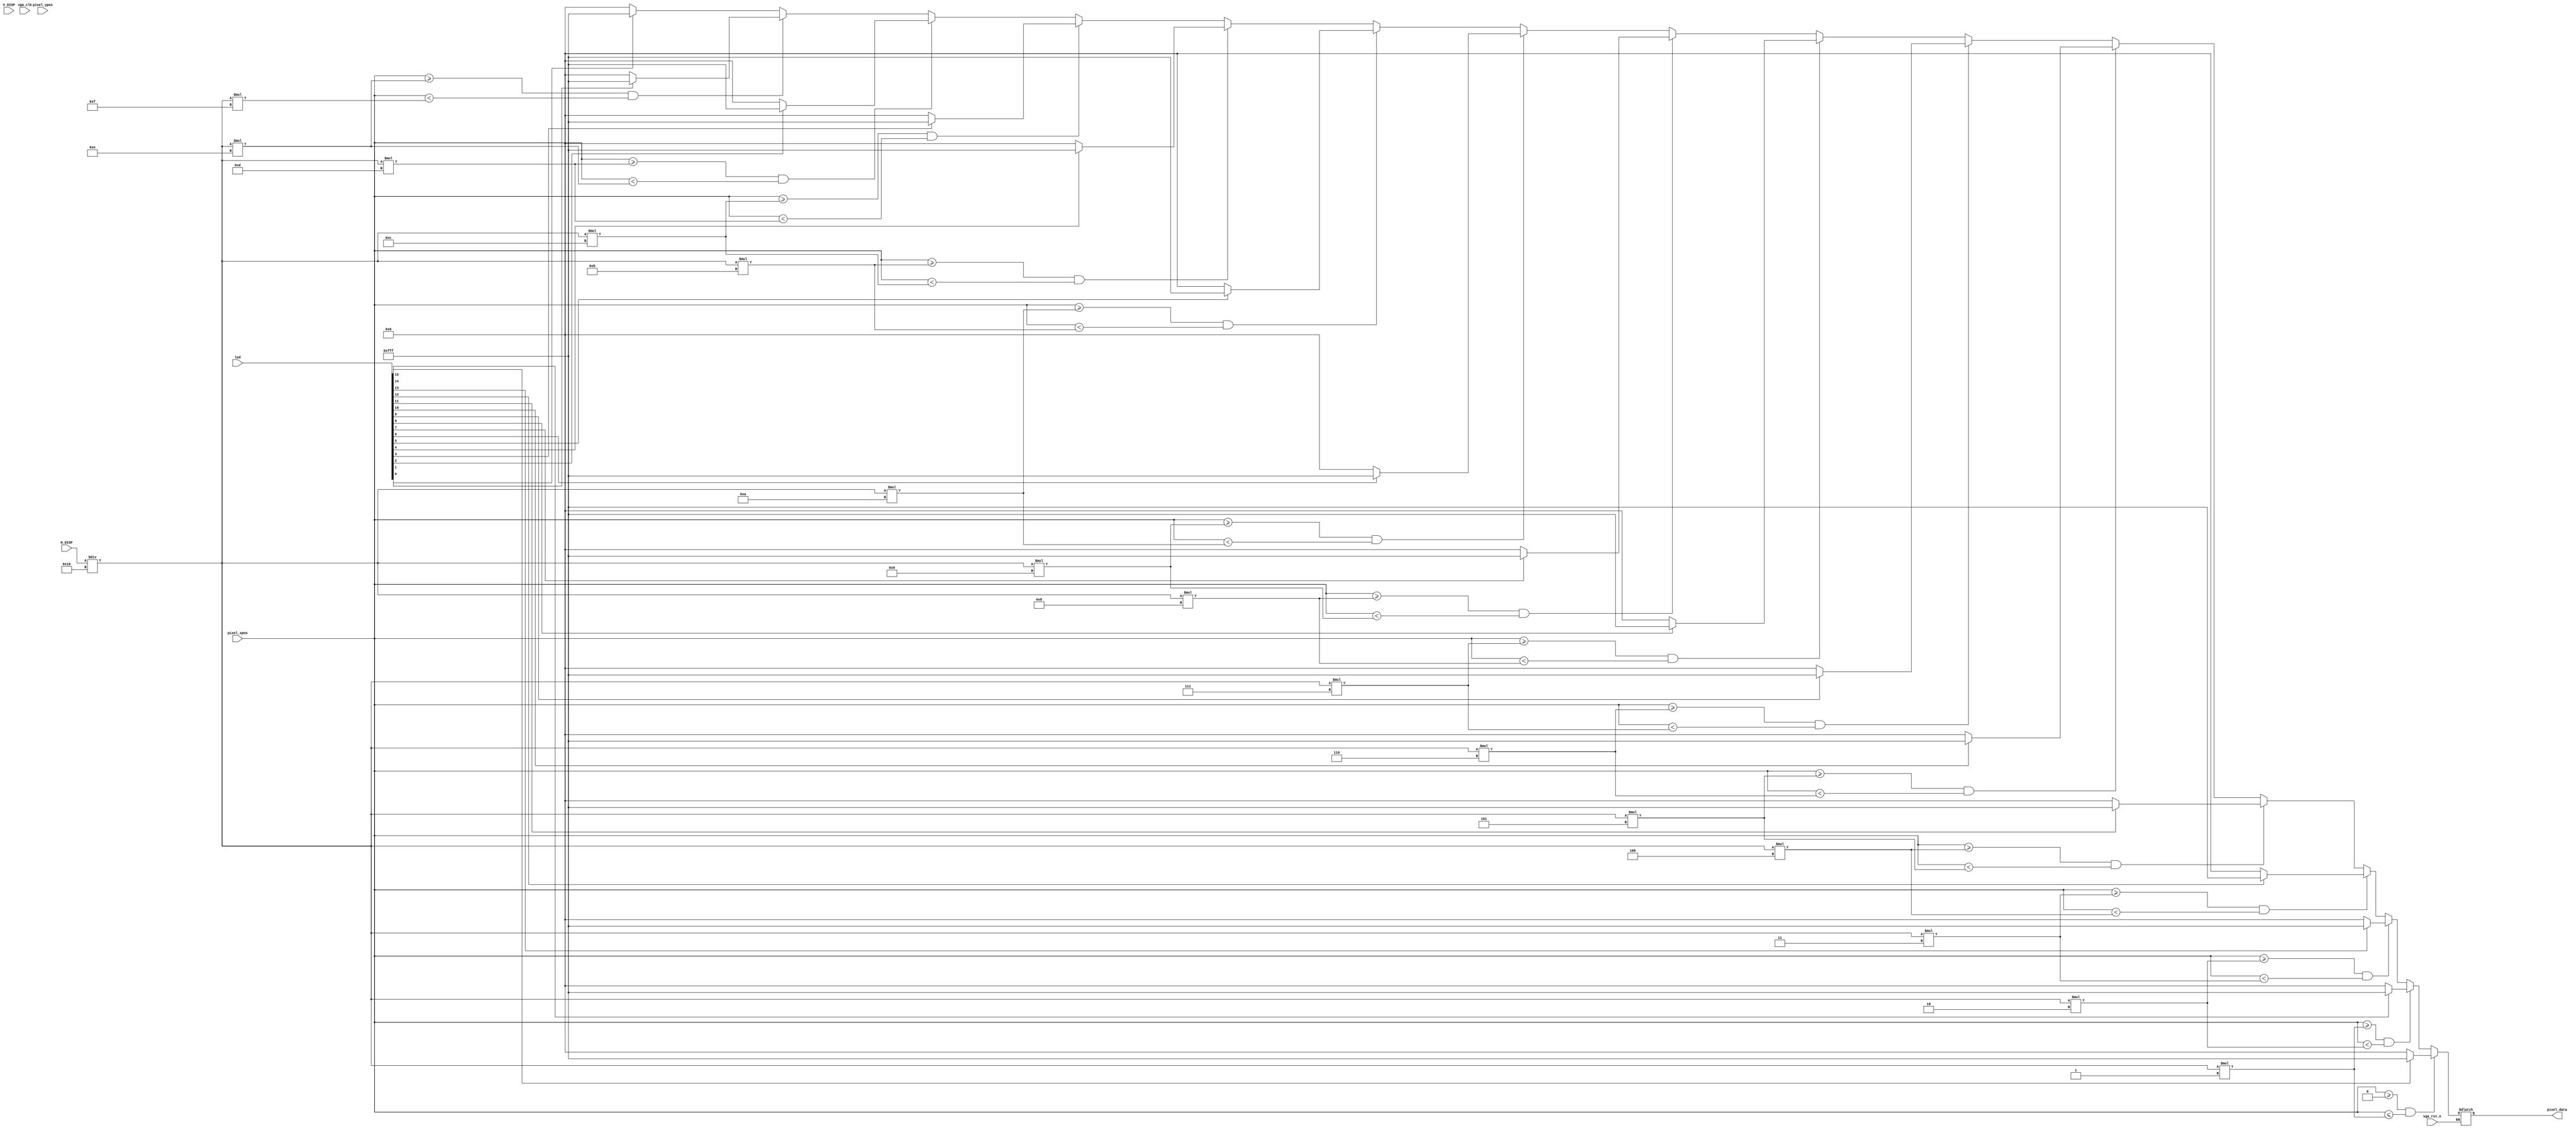
`timescale 1ns / 1ps

module vga_colorbar
(
input [10:0] pixel_xpos,
input [10:0] pixel_ypos,
input vga_rst_n,vga_clk,
input [10:0] H_DISP,V_DISP,
input [15:0] led,
output reg[11:0]  pixel_data
);



localparam WHITE= 12'b1111_1111_1111;
localparam BLACK= 12'b0000_0000_0000;
localparam BLUE= 12'b1111_0000_0000;
localparam GREEN= 12'b0000_1111_0000;
localparam RED= 12'b0000_0000_1111;
localparam YELLOW= 12'b0000_1111_1111;
localparam PINK= 12'b1111_0000_1111;
localparam YOUNG= 12'b1111_1111_0000;

reg [11:0] COLOR=12'b0000_0000_0000;

always @(led) begin
if(vga_rst_n)begin
        
end
else begin 
if((pixel_xpos >= 0) && (pixel_xpos <= (H_DISP/16)*1))    begin                                          
pixel_data <= (led[15] ==1'b1) ? WHITE:BLACK;
end                           
else if((pixel_xpos >= (H_DISP/16)*1) && (pixel_xpos < (H_DISP/16)*2))begin
pixel_data <= (led[14] ==1'b1) ? WHITE:BLACK; 
end
else if((pixel_xpos >= (H_DISP/16)*2) && (pixel_xpos < (H_DISP/16)*3))begin
pixel_data <= (led[13] ==1'b1) ? WHITE:BLACK;
end
else if((pixel_xpos >= (H_DISP/16)*3) && (pixel_xpos < (H_DISP/16)*4))begin
pixel_data <= (led[12] ==1'b1) ? WHITE:BLACK;  
end
else  if((pixel_xpos >= (H_DISP/16)*4) && (pixel_xpos < (H_DISP/16)*5))begin
pixel_data <= (led[11] ==1'b1) ? WHITE:BLACK; 
end
else   if((pixel_xpos >= (H_DISP/16)*5) && (pixel_xpos < (H_DISP/16)*6))begin
pixel_data <= (led[10] ==1'b1) ? WHITE:BLACK;
end
else  if((pixel_xpos >= (H_DISP/16)*6) && (pixel_xpos < (H_DISP/16)*7))begin
pixel_data <= (led[9] ==1'b1) ? WHITE:BLACK;
end
else  if((pixel_xpos >= (H_DISP/16)*7) && (pixel_xpos < (H_DISP/16)*8))begin
pixel_data <= (led[8] ==1'b1) ? WHITE:BLACK;  
end
else  if((pixel_xpos >= (H_DISP/16)*8) && (pixel_xpos < (H_DISP/16)*9))begin
pixel_data <= (led[7] ==1'b1) ? WHITE:BLACK;  
end
else  if((pixel_xpos >= (H_DISP/16)*9) && (pixel_xpos < (H_DISP/16)*10))begin
pixel_data <= (led[6] ==1'b1) ? WHITE:BLACK;
end
else  if((pixel_xpos >= (H_DISP/16)*10) && (pixel_xpos < (H_DISP/16)*11))begin
pixel_data <= (led[5] ==1'b1) ? WHITE:BLACK;
end
else  if((pixel_xpos >= (H_DISP/16)*11) && (pixel_xpos < (H_DISP/16)*12))begin
pixel_data <= (led[4] ==1'b1) ? WHITE:BLACK; 
end
else  if((pixel_xpos >= (H_DISP/16)*12) && (pixel_xpos < (H_DISP/16)*13))begin
pixel_data <= (led[3] ==1'b1) ? WHITE:BLACK;  
end
else  if((pixel_xpos >= (H_DISP/16)*13) && (pixel_xpos < (H_DISP/16)*14))begin
pixel_data <= (led[2] ==1'b1) ? WHITE:BLACK;  
end
else  if((pixel_xpos >= (H_DISP/16)*14) && (pixel_xpos < (H_DISP/16)*15))begin
pixel_data <= (led[1] ==1'b1) ? WHITE:BLACK;  
end else begin
pixel_data <= (led[0] ==1'b1) ? WHITE:BLACK;    
end
end
end

endmodule